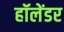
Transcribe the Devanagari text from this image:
हॉलेंडर